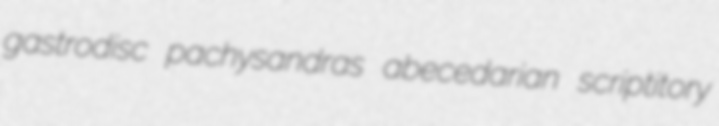
gastrodisc pachysandras abecedarian scriptitory